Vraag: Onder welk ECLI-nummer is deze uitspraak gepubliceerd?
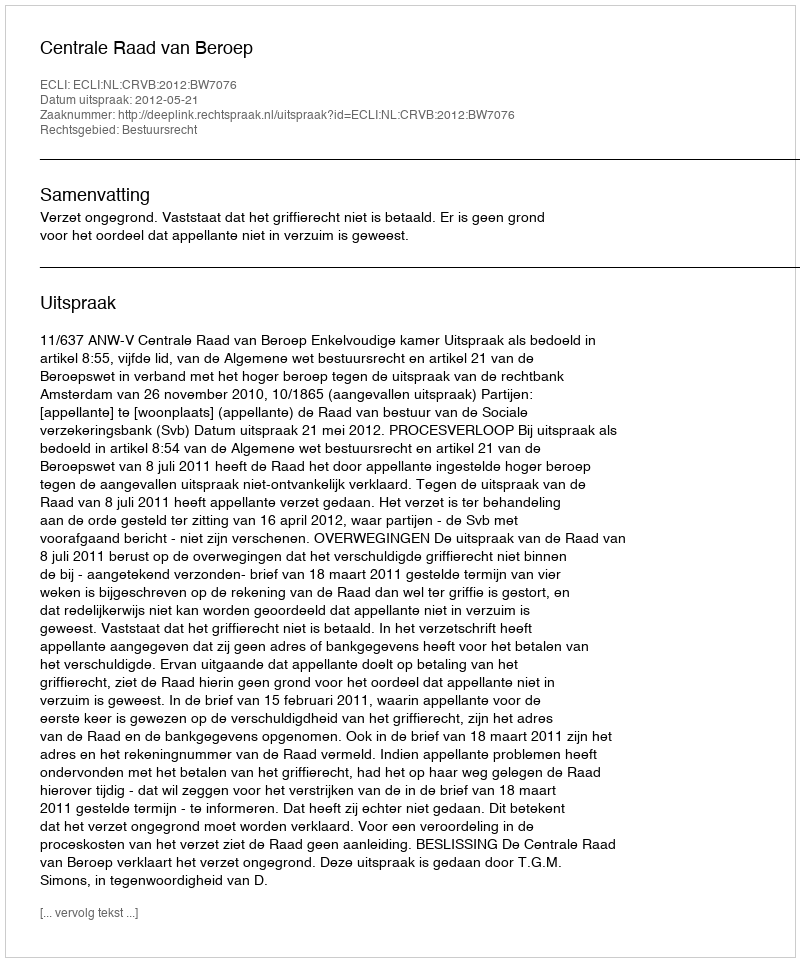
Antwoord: ECLI:NL:CRVB:2012:BW7076